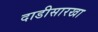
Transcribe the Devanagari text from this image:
दाडीसारखा